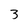
Character: 3